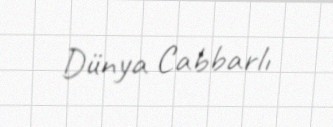
Dünya Cabbarlı